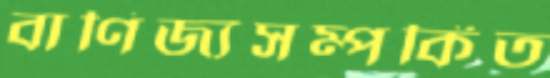
বাণিজ্যসম্পর্কিত